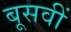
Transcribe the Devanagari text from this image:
बूसवीं